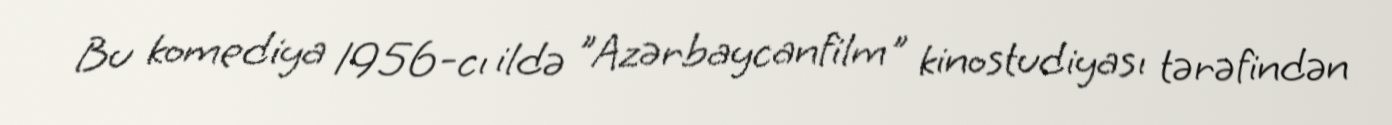
Bu komediya 1956-cı ildə "Azərbaycanfilm" kinostudiyası tərəfindən